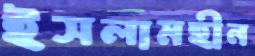
ইসলামহীন